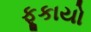
ફૂકાયો